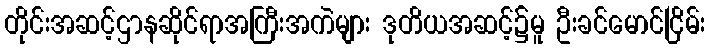
တိုင်းအဆင့်ဌာနဆိုင်ရာအကြီးအကဲများ ဒုတိယအဆင့်၌မူ ဦးခင်မောင်ငြိမ်း